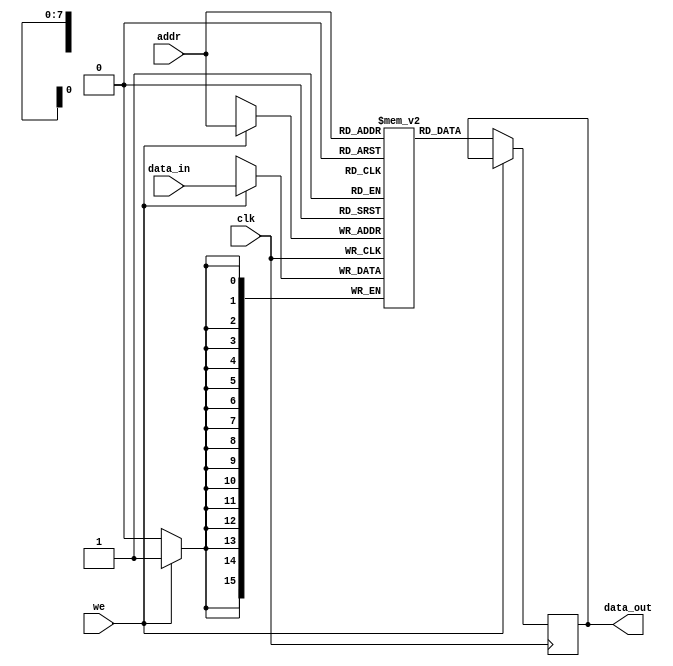
module memory_block (
    input wire clk,
    input wire [7:0] addr,
    input wire [15:0] data_in,
    input wire we, // write enable
    output reg [15:0] data_out
);
    reg [15:0] mem [0:255]; // 256 x 16-bit memory

    always @(posedge clk) begin
        if (we) begin
            mem[addr] <= data_in; // Write operation
        end else begin
            data_out <= mem[addr]; // Read operation
        end
    end
endmodule